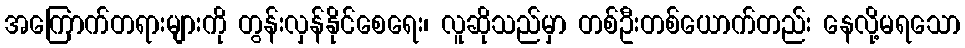
အကြောက်တရားများကို တွန်းလှန်နိုင်စေရေး၊ လူဆိုသည်မှာ တစ်ဦးတစ်ယောက်တည်း နေလို့မရသော